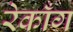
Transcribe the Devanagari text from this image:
रेकाँग